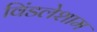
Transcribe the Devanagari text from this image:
विंडलेशाम